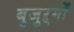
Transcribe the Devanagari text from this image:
बुजुऱ्गों